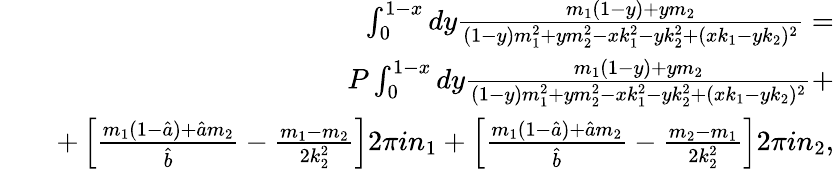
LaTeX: \begin{array}{rlr}&{}&{\int_{0}^{1-x}dy\frac{m_{1}(1-y)+ym_{2}}{(1-y)m_{1}^{2}+ym_{2}^{2}-xk_{1}^{2}-yk_{2}^{2}+(xk_{1}-yk_{2})^{2}}=}\\ &{}&{P\int_{0}^{1-x}dy\frac{m_{1}(1-y)+ym_{2}}{(1-y)m_{1}^{2}+ym_{2}^{2}-xk_{1}^{2}-yk_{2}^{2}+(xk_{1}-yk_{2})^{2}}+}\\ &{}&{+\left[\frac{m_{1}(1-\hat{a})+\hat{a}m_{2}}{\hat{b}}-\frac{m_{1}-m_{2}}{2k_{2}^{2}}\right]2\pi in_{1}+\left[\frac{m_{1}(1-\hat{a})+\hat{a}m_{2}}{\hat{b}}-\frac{m_{2}-m_{1}}{2k_{2}^{2}}\right]2\pi in_{2},}\end{array}